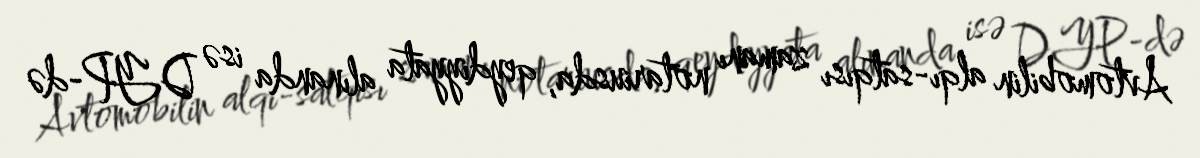
Avtomobilin alqı-satqısı zamanı notariusda, qeydiyyata alınanda isə DYP-də